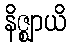
နိဇ္ဈာယိ